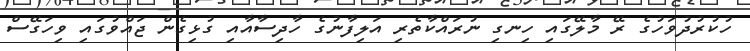
ހުކުރުދުވަހުގެ ރޭ މާލޭގައި ހިނގި ނުރައްކާތެރި އަލިފާނުގެ ހާދިސާއާއި ގުޅިގެން ޖައްވުގައި ވިހަގޭސް